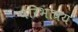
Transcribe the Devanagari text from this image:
परिभावय